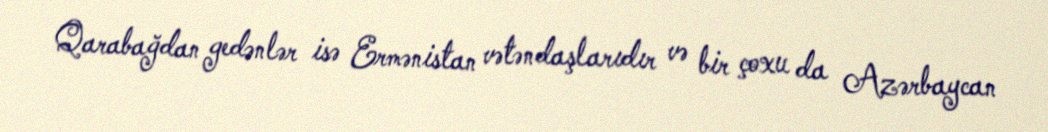
Qarabağdan gedənlər isə Ermənistan vətəndaşlarıdır və bir çoxu da Azərbaycan